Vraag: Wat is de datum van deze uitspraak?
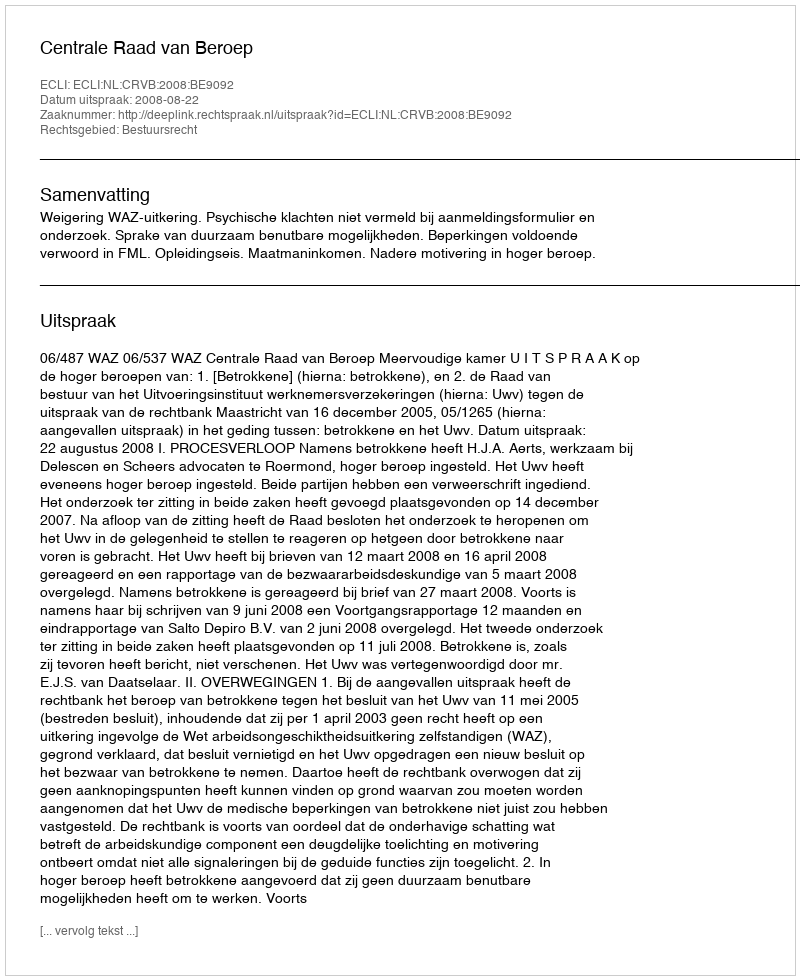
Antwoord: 2008-08-22